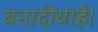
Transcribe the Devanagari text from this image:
बनादीयाहै।